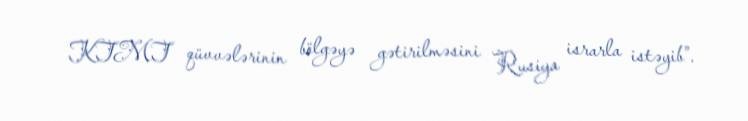
KTMT qüvvələrinin bölgəyə gətirilməsini Rusiya israrla istəyib”.